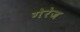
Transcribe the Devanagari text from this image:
गेरेज